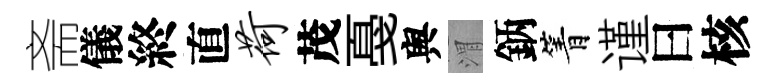
斋儀終直荷茂戞舆渭鈵箐谨曰核